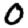
Digit: 0